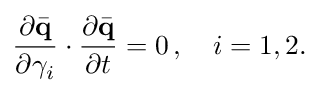
\frac { \partial \bar { \bf q } } { \partial \gamma _ { i } } \cdot \frac { \partial \bar { \bf q } } { \partial t } = 0 \, , \quad i = 1 , 2 .